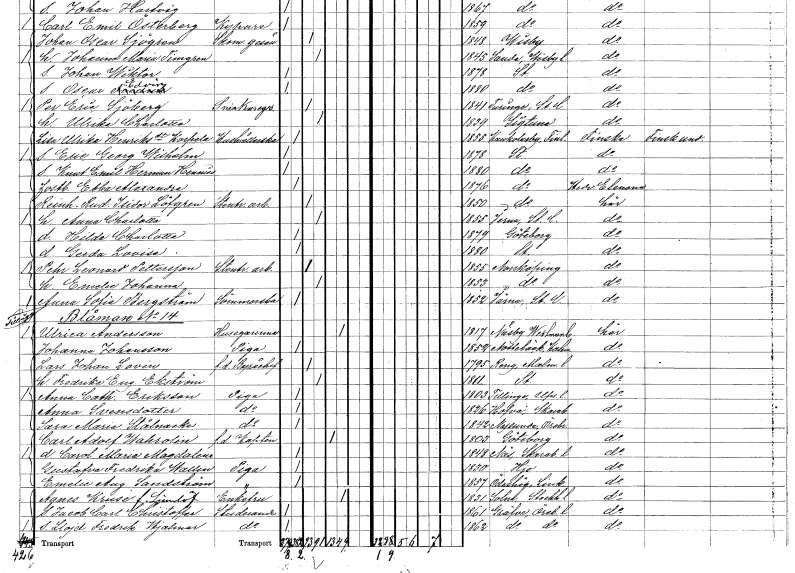
gt_parse: households: individuals: FN: Reinhold Rudolf Isidor
EN: Löfgren
YRKE: Stentryckeriarbetare
KON: M
CIV: G
FODAR: 1850
FODFORS: Stockholm
FN: Anna Charlotta
KON: K
CIV: G
FODAR: 1855
FODFORS: Järna Stockholms län
FN: Hilda Charlotta
KON: K
CIV: O
FODAR: 1879
FODFORS: Göteborg Göteborgs- och Bohuslän
FN: Gerda Lovisa
KON: K
CIV: O
FODAR: 1880
FODFORS: Stockholm
FN: Pehr Leonard
EN: Pettersson
YRKE: Stentryckeriarbetare
KON: M
CIV: G
FODAR: 1855
FODFORS: Norrköping Östergötlands län
FN: Emelie Johanna
KON: K
CIV: G
FODAR: 1853
FODFORS: Norrköping Östergötlands län
FN: Anna Sofia
EN: Bergström
YRKE: Sömmerska
KON: K
CIV: O
FODAR: 1852
FODFORS: Järna Stockholms län
FN: Ulrica
EN: Andersson
YRKE: Husägarinna
KON: K
CIV: E
FODAR: 1817
FODFORS: Näsby Örebro län
FN: Johanna
EN: Johansson
YRKE: Piga
KON: K
CIV: O
FODAR: 1852
FODFORS: Nottebäck Kronobergs län
FN: Lars Johan
EN: Lovén
YRKE: Byråchef f.d.
KON: M
CIV: G
FODAR: 1795
FODFORS: Räng Malmöhus län
FN: Fredrika Eugenia
EN: Ekström
KON: K
CIV: G
FODAR: 1811
FODFORS: Stockholm
FN: Anna Cathrina
EN: Eriksson
YRKE: Piga
KON: K
CIV: O
FODAR: 1803
FODFORS: Tillinge Uppsala län
FN: Anna
EN: Svensdotter
YRKE: Piga
KON: K
CIV: O
FODAR: 1826
FODFORS: Hova Skaraborgs län
FN: Sara Maria
EN: Stålnacke
YRKE: Piga
KON: K
CIV: O
FODAR: 1842
FODFORS: Nysund Örebro län
FN: Carl Adolf
EN: Wahrolin
YRKE: Kapten f.d.
KON: M
CIV: E
FODAR: 1803
FODFORS: Göteborg Göteborgs- och Bohuslän
FN: Carolina Maria Magdalena
KON: K
CIV: O
FODAR: 1848
FODFORS: Näs Skaraborgs län
FN: Gustafva Fredrika
EN: Wallin
YRKE: Piga
KON: K
CIV: O
FODAR: 1830
FODFORS: Hjo Skaraborgs län
FN: Emelie Augusta
EN: Sandström
YRKE: Piga
KON: K
CIV: O
FODAR: 1857
FODFORS: Ödeshög Östergötlands län
FN: Agnes
EN: Krusé Ljernlöf??
KON: K
CIV: E
FODAR: 1831
FODFORS: Solna Stockholms län
FN: Jacob Carl Christoffer
YRKE: Studerande
KON: M
CIV: O
FODAR: 1861
FODFORS: Gräve Örebro län
FN: Llojd Fredrik Hjalmar
YRKE: Studerande
KON: M
CIV: O
FODAR: 1862
FODFORS: Gräve Örebro län